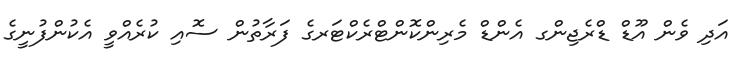
އަދި ވެން އޫޑް ޑްރެޖިންގ އެންޑް މެރިންކޮންޓްރެކްޓަރގެ ފަރާތުން ސޮއި ކުރެއްވީ އެކުންފުނީގެ